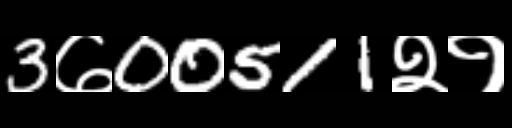
Text: 3७00511२१